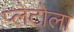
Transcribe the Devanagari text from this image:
प्लेटोला